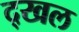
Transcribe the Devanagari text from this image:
द्खल